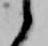
候